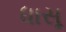
ધાસૂ